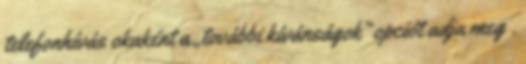
telefonhívás okaként a „további kívánságok” opciót adja meg .